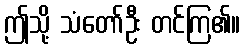
ဤသို့ သံတော်ဦး တင်ကြ၏။